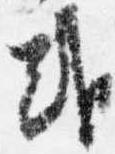
或